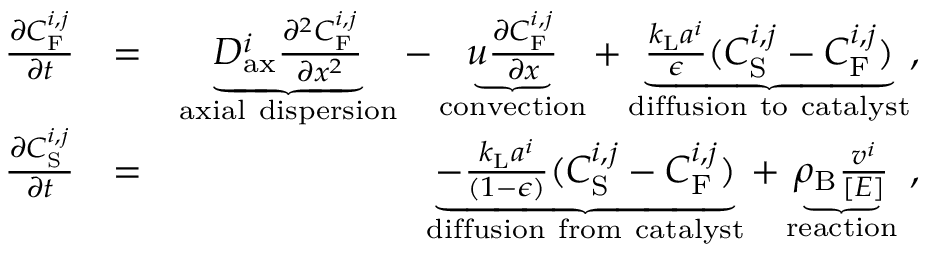
\begin{array} { r l r } { \frac { \partial C _ { \mathrm { F } } ^ { i , j } } { \partial t } } & { = } & { \underbrace { D _ { \mathrm { a x } } ^ { i } \frac { \partial ^ { 2 } C _ { \mathrm { F } } ^ { i , j } } { \partial x ^ { 2 } } } _ { \mathrm { a x i a l ~ d i s p e r s i o n } } - \underbrace { u \frac { \partial C _ { \mathrm { F } } ^ { i , j } } { \partial x } } _ { \mathrm { c o n v e c t i o n } } + \underbrace { \frac { k _ { \mathrm { L } } a ^ { i } } { \epsilon } ( C _ { \mathrm { S } } ^ { i , j } - C _ { \mathrm { F } } ^ { i , j } ) } _ { \mathrm { d i f f u s i o n ~ t o ~ c a t a l y s t } } , } \\ { \frac { \partial C _ { \mathrm { S } } ^ { i , j } } { \partial t } } & { = } & { \underbrace { \mathrm { - } \frac { k _ { \mathrm { L } } a ^ { i } } { ( 1 \mathrm { - } \epsilon ) } ( C _ { \mathrm { S } } ^ { i , j } - C _ { \mathrm { F } } ^ { i , j } ) } _ { \mathrm { d i f f u s i o n ~ f r o m ~ c a t a l y s t } } + \underbrace { \rho _ { \mathrm { B } } \frac { v ^ { i } } { [ E ] } } _ { \mathrm { r e a c t i o n } } \ , } \end{array}